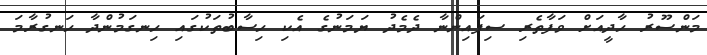
މަންސޫރު ހާދީއަށް ވަފާތެރި ސިފައިންނާ ދެމެދު ޔަމަނުގެ އެކި ހިސާބުތަކުގައި ހިނގަމުންދާ ހަނގުރާމަ